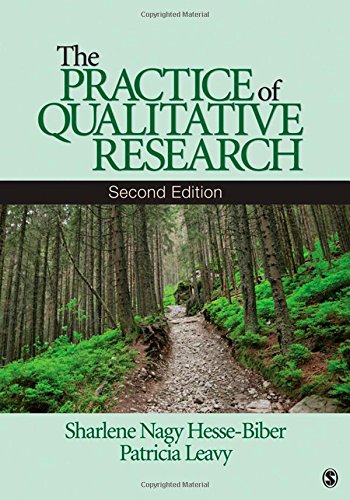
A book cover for The Practice of Qualitative Research; Sharlene Nagy Hesse-Biber; Politics & Social Sciences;